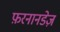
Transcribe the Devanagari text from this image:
फ़रनानडेज़